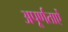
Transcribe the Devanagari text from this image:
अपूर्णताऐं